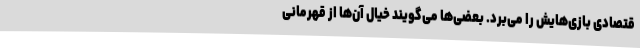
قتصادی بازی‌هایش را می‌برد. بعضی‌ها می‌گویند خیال آن‌ها از قهرمانی